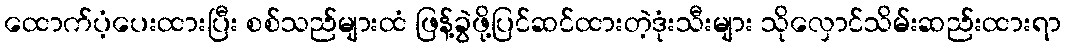
ထောက်ပံ့ပေးထားပြီး စစ်သည်များထံ ဖြန့်ခွဲဖို့ပြင်ဆင်ထားတဲ့ဒုံးသီးများ သိုလှောင်သိမ်းဆည်းထားရာ